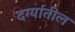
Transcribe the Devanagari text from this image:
दर्ग्यातील